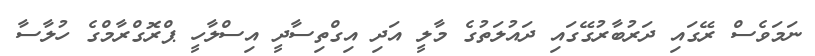
ނަމަވެސް ރޭގައި ދަރުބާރުގޭގައި ދައުލަތުގެ މާލީ އަދި އިގްތިސާދީ އިސްލާހީ ޕްރޮގްރާމްގެ ހުލާސާ